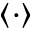
\langle \cdot \rangle